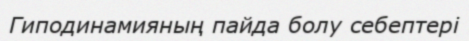
Гиподинамияның пайда болу себептері